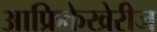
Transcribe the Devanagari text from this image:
आफ्रिकेखेरीज